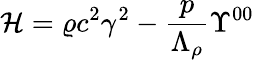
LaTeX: \mathcal{H}=\varrho c^{2}\gamma^{2}-\frac{p}{\Lambda_{\rho}}\Upsilon^{00}